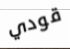
قودي